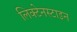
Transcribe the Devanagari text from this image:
लिक्टेनस्टाइन